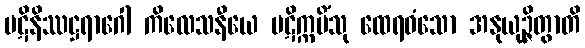
ပဋိနိဿဋ္ဌရာဂေါ ကိလေသနီယေ ပဋိက္ကမိံသု ထေရဝံသော အနုယုဉ္ဇိတွာတိ